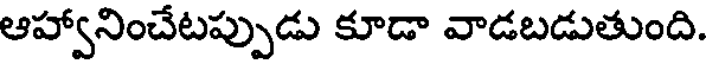
ఆహ్వానించేటప్పుడు కూడా వాడబడుతుంది.